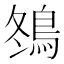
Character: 䳉